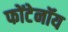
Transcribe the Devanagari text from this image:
फोंटेनॉय